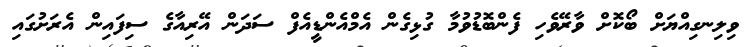
ވިލިނގިއްޔަށް ބޯކޮށް ވާރޭވެހި ފެންބޮޑުވުމާ ގުޅިގެން އެމްއެންޑީއެފް ސަދަން އޭރިއާގެ ސިފައިން އެރަށުގައި